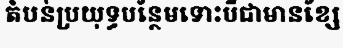
តំបន់ប្រយុទ្ធបន្ថែមទោះបីជាមានខ្សែ